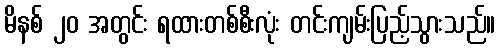
မိနစ် ၂၀ အတွင်း ရထားတစ်စီးလုံး တင်းကျမ်းပြည့်သွားသည်။